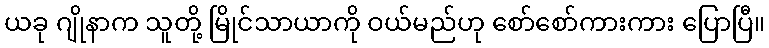
ယခု ဂျိုနာက သူတို့ မြိုင်သာယာကို ဝယ်မည်ဟု စော်စော်ကားကား ပြောပြီ။